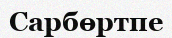
Сарбөртпе